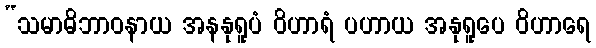
“သမာဓိဘာဝနာယ အနနုရူပံ ဝိဟာရံ ပဟာယ အနုရူပေ ဝိဟာရေ